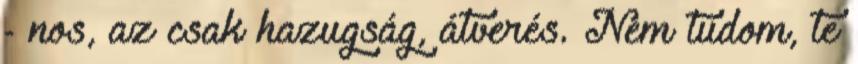
- nos, az csak hazugság, átverés. Nem tudom, te